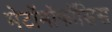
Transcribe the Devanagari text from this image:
मेटॉमॉफॉसिस